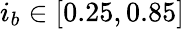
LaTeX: i_{b}\in[0.25,0.85]